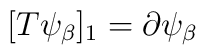
[T\psi _{\beta}]_1=\partial \psi _{\beta}